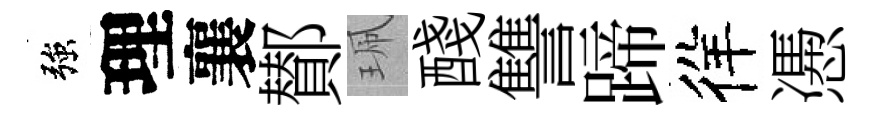
強理襄鄼珮醆讐蹄徉慿